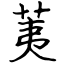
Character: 荑